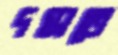
দগ্ধাতে